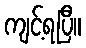
ကျင့်ရပြီ။